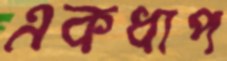
একধাপ